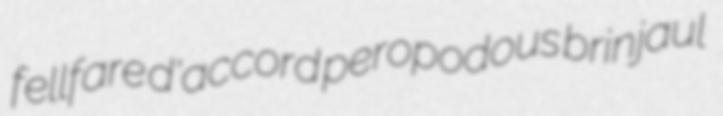
fellfare d'accord peropodous brinjaul